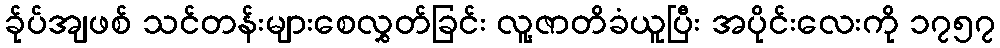
ခ်ုပ်အျဖစ် သင်တန်းများစေလွှတ်ခြင်း လူ့ဇာတိခံယူပြီး အပိုင်းလေးကို ၁၇၅၇